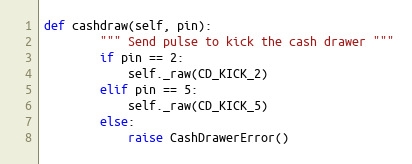
Language: Python
def cashdraw(self, pin):
        """ Send pulse to kick the cash drawer """
        if pin == 2:
            self._raw(CD_KICK_2)
        elif pin == 5:
            self._raw(CD_KICK_5)
        else:
            raise CashDrawerError()